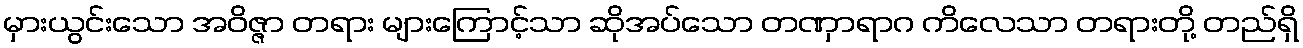
မှားယွင်းသော အဝိဇ္ဇာ တရား များကြောင့်သာ ဆိုအပ်သော တဏှာရာဂ ကိလေသာ တရားတို့ တည်ရှိ